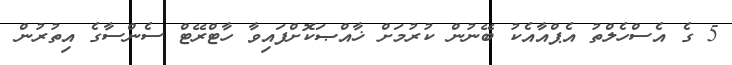
5 ގެ އެސްހެލްތު އެޕްއާއެކު ބޭނުން ކުރުމަށް ޚާއްޞަކޮށްފައިވާ ހާޓްރޭޓް ސެންސާގެ އިތުރުން